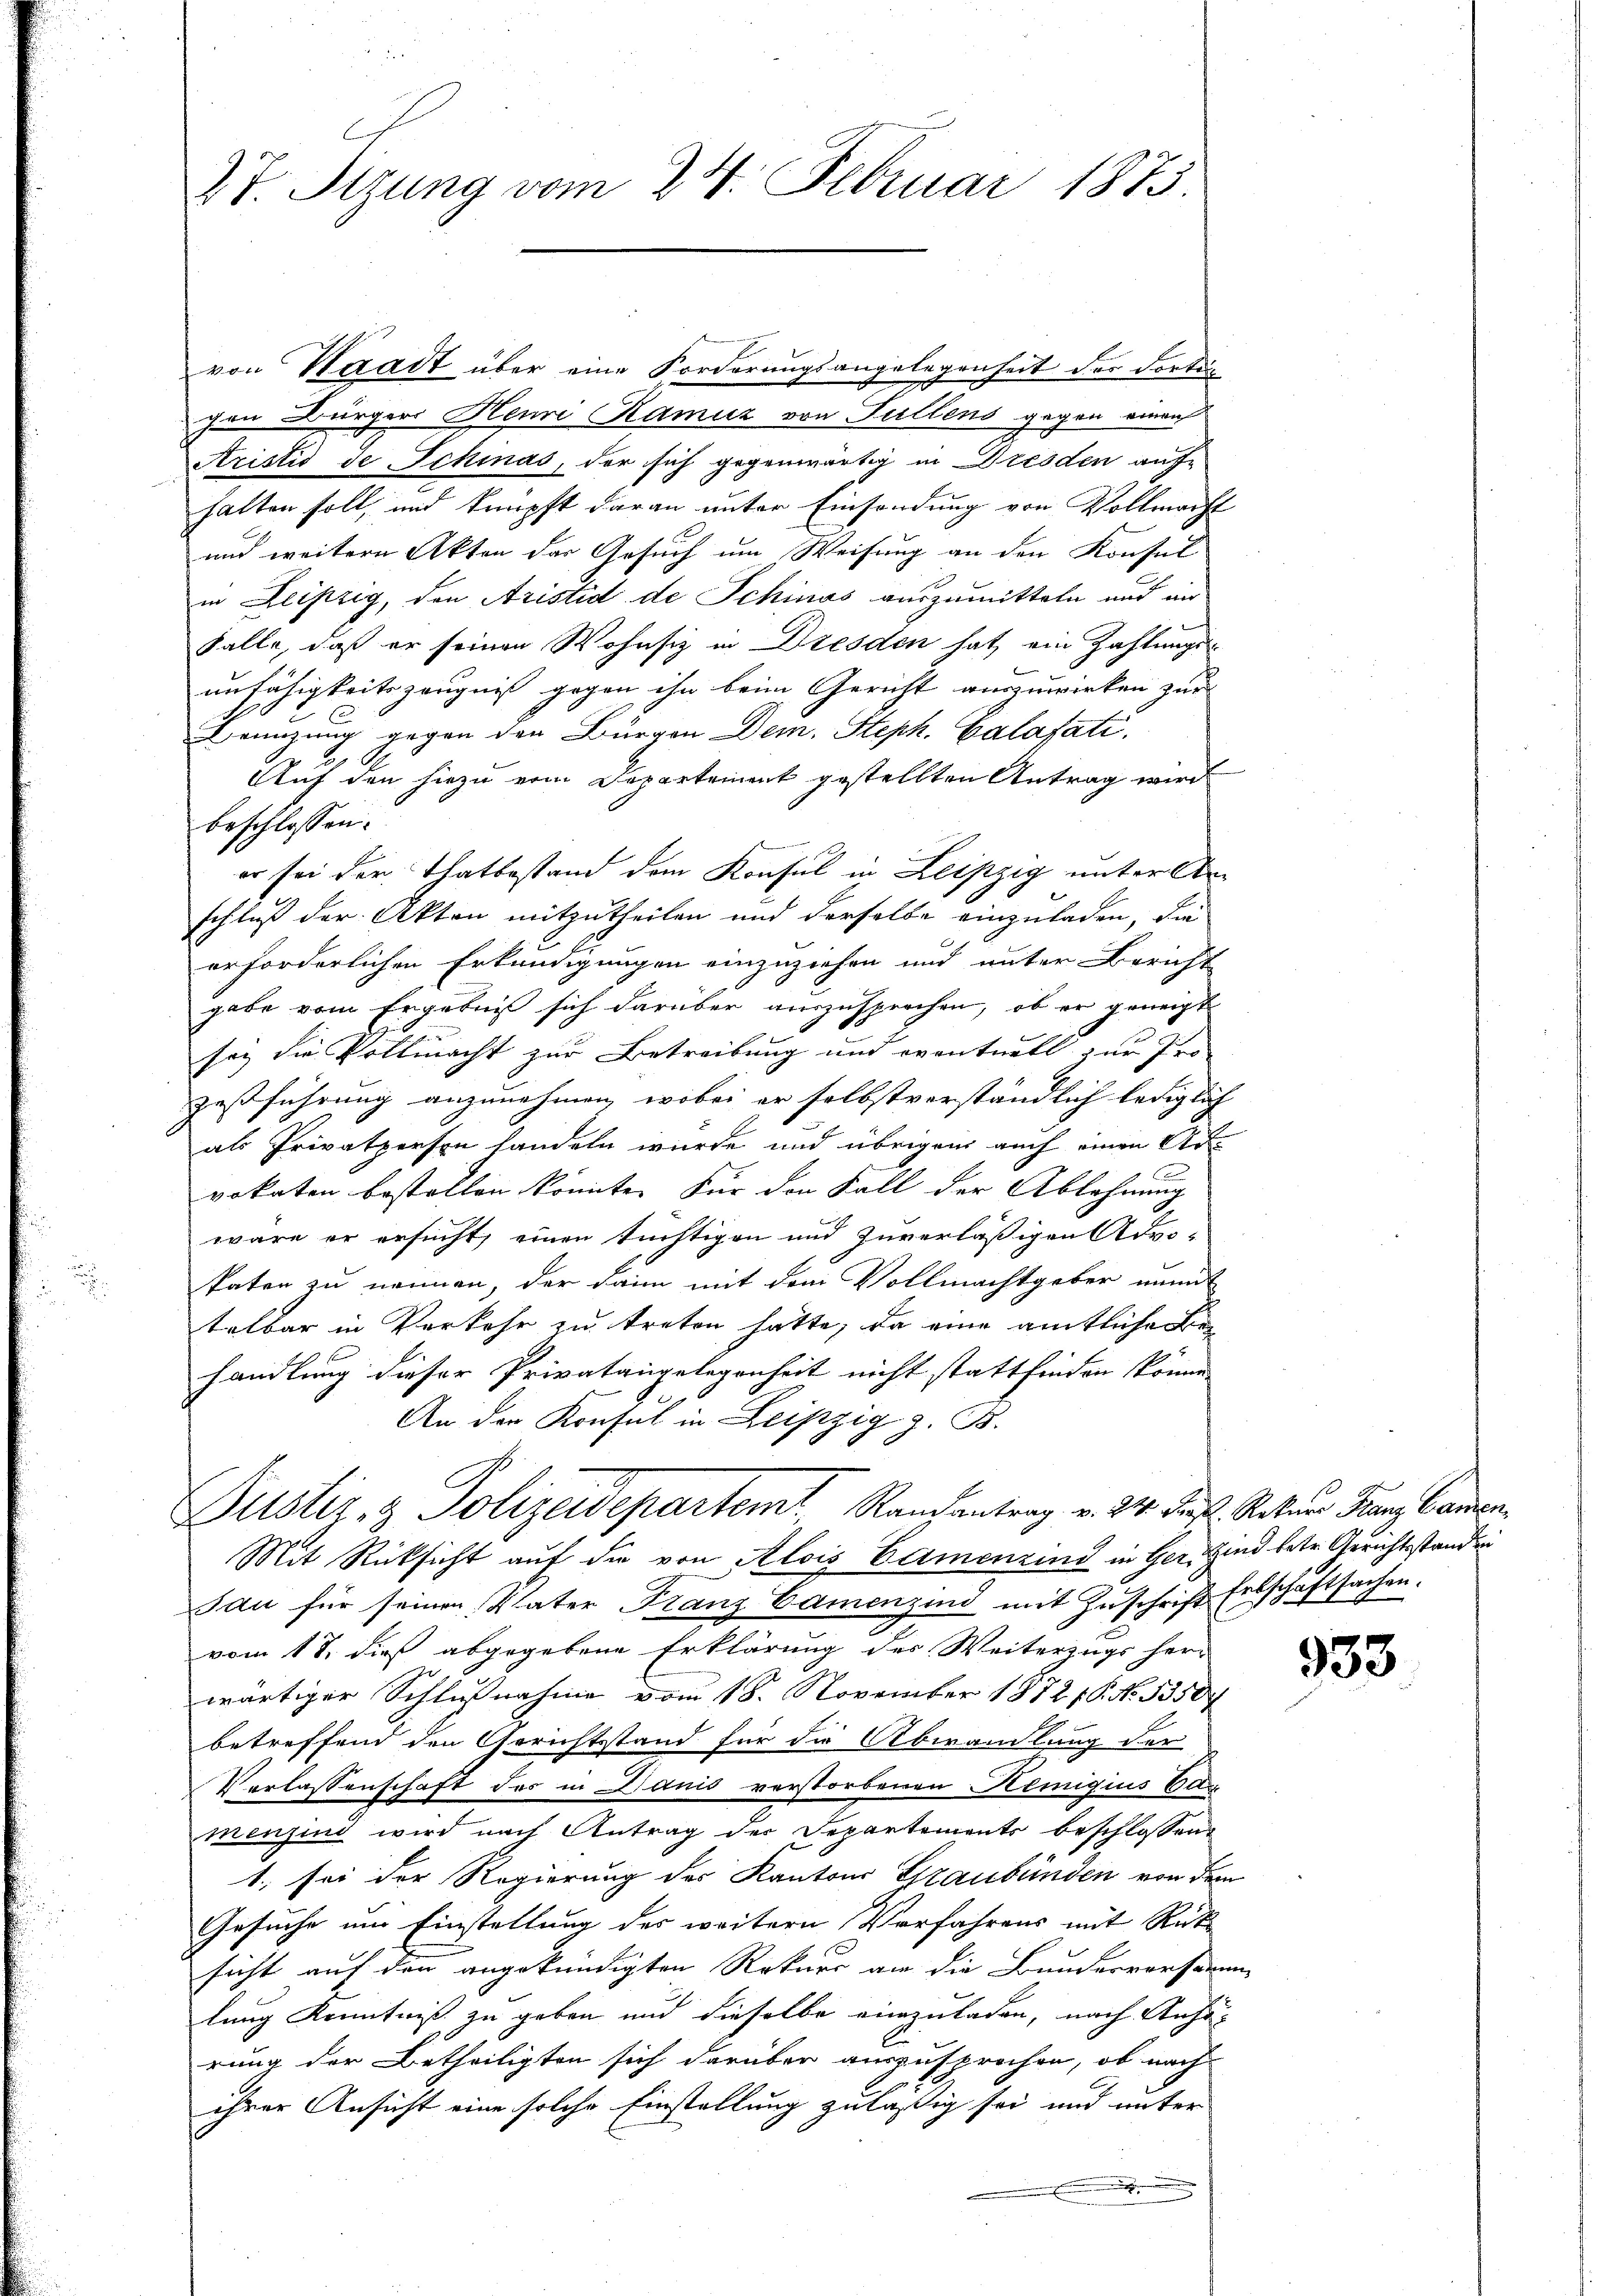
27. Sizung vom 24. Februar 1875.

von Waadt über eine Forderungsangelegenheit der Forteichen Bürgers Henni Kamuz von Fallens gegen einen
Aristis de Schinas, der sich gegenwärtig in Dresden aufhalten soll, und knüpft daran unter Einsendung von Vollmacht
und weitere Akten der Gesuch um Weisung an den Konsul
in Leipzig, den Aristid de Schinas auszumitteln und wir
Falle, daß er seinen Wohnsiz in Dresden hat ein Zahlungsunfähigkeitszeugniß gegen ihn beim Gericht auszuwirken zur
Benuzung gegen den Bürgen Dem Steph. Calafati,

Auf den hiezu vom Departement gestellten Antrag wird
beschlossen:
er sei der Thatbestand dem Konsul in Leipzig unter den
schluß der Akten mitzutheilen und derselbe einzuladen, die
erforderlichen Erkundigungen einzuziehen und unter Bericht
gabe vom Ergebnis sich darüber auszusprochen, ob er geneigt
sey die Vollmacht zur Betreibung und eventuell zur Pro
zestführung anzunehmen, wobei er selbstverständlich lediglich
als Privatperson handeln wurde und übrigen auch einen Ar-
vokaten bestellen könnte. Für den Fall der Ablehnung
wäre er ersucht, einen tüchtigen und zuverläßigen Advo¬
Paten zu nennen, der dann mit dem Vollmachtgeber nun
telbar in Verkehr zu treten hatte, da eine amtliche e
handlung dieser Privatangelegenheit nicht stattfinden könne.
An der Konsul in Leipzig z. B.
Justiz- & Polizeidepartemt Randantrag v. 24. ds. Ratum Franz Cammen
Mit Rücksicht auf die von Alois Elemenzind in Ger. Hand betr. Gerichtsstanden
sau für seinen Vater Franz Camenzins mit Zŭschrift Erbschäftsachen.
vom 18. dieß abgegebene Erklärung des Weiterzugs her-
wärtiger Schlußnahme vom 18. November 1872 P. Nr. 5350f
betreffend den Gerichtstand für die Abwandlung der
Verlassenschaft des in Danis verstorbenen Hemigius Bag
menzind wird nach Antrag der Departements beschlossen
1. sei der Regierung des Kantons Graubünden von dem
Gesuche und Einstellung des weitern Verfahrens mit Rücksicht auf den angekündigten Rekurs an die Bunderversamm
lung Kenntniß zu geben und dieselbe einzuladen, nach Anhörung der Betheiligten sich darüber auszusprochen, ob nach
ihrer Ansicht eine solche Einstellung zuläßig sei und unter
.

933